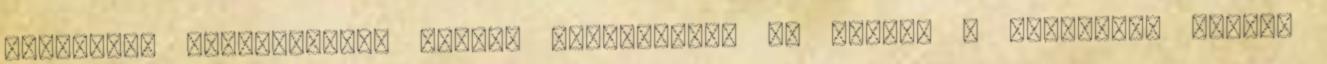
fanatikus szeretetből. Akkora együttérzés ég bennem a szenvedők iránt,